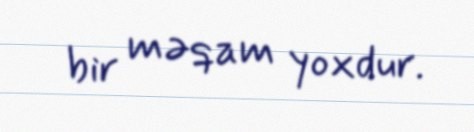
bir məqam yoxdur.